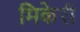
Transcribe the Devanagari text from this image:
मिकेरी